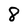
Character: 8